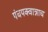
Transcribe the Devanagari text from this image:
पंचपक्वान्नाच